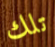
تلك